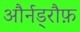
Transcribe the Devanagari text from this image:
और्नड्रौफ़